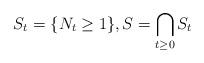
LaTeX: \begin{align*} S_t=\{N_t\geq 1\}, S = \bigcap_{t\geq 0} S_t\end{align*}